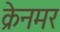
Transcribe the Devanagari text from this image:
क्रेनमर